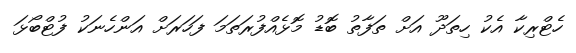
ހެޓްރިކާ އެކު ހިތަދޫ އަށް ތަފާތު ބޮޑު މޮޅެއްފުރަތަމަ ފަހަރަށް އަންހެނަކު ފުޓްބޯޅަ